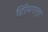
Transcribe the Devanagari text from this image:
हिरेमगलुर